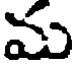
ము